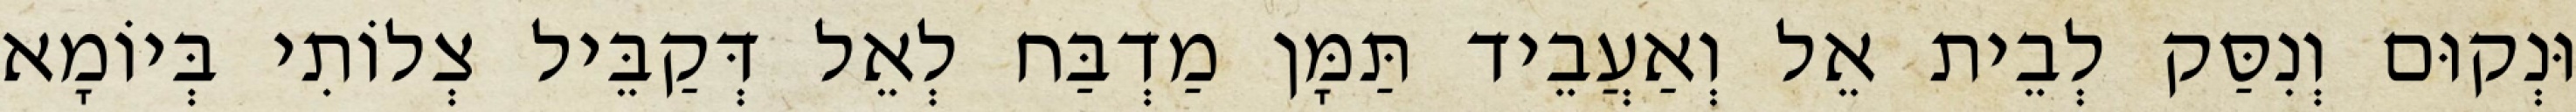
וּנְקוּם וְנִסַּק לְבֵית אֵל וְאַעֲבֵיד תַּמָּן מַדְבַּח לְאֵל דְּקַבֵּיל צְלוֹתִי בְּיוֹמָא